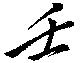
壬